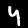
Digit: 4